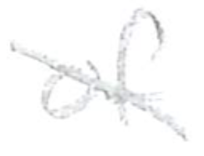
Text: of
Cross-out: diagonal
Writing tool: pencil